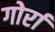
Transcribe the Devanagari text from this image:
गोर्रा